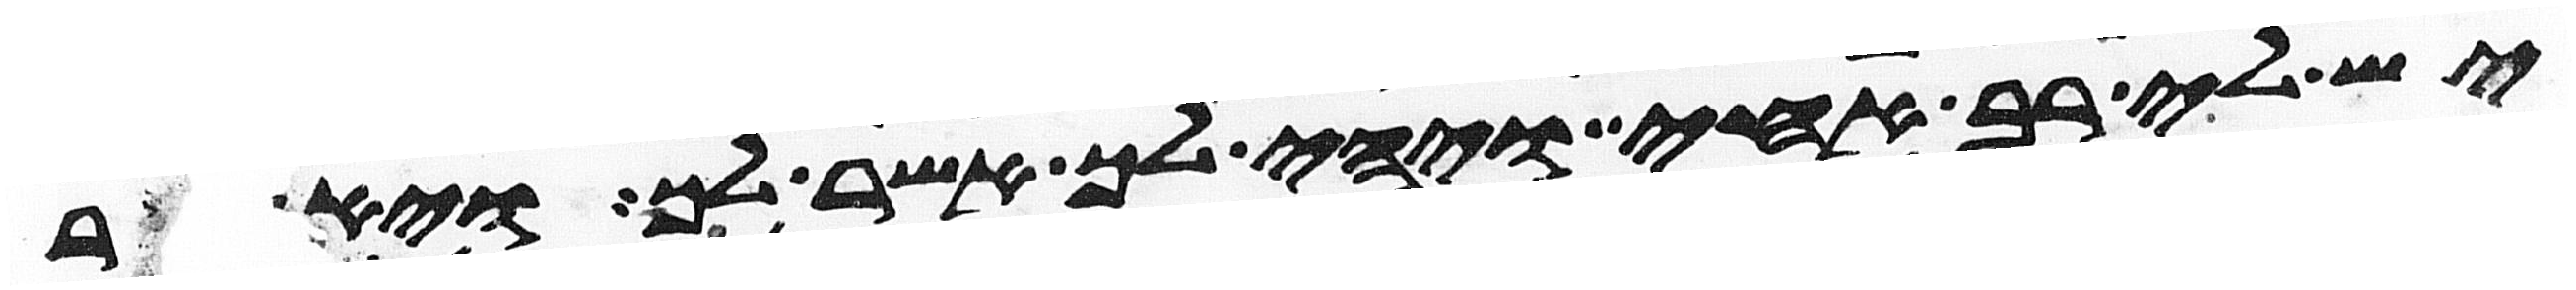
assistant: יש לי רב אחי ויהי לך אשר לך ויאמר